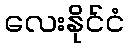
လေးနိုင်ငံ